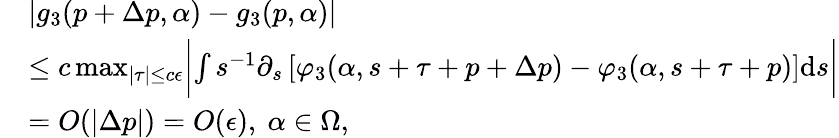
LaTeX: \begin{array}{rl}&{|g_{3}(p+\Delta p,\alpha)-g_{3}(p,\alpha)|}\\ &{\le c\operatorname*{max}_{|\tau|\le c\epsilon}\biggl|\int s^{-1}\partial_{s}\left[\varphi_{3}(\alpha,s+\tau+p+\Delta p)-\varphi_{3}(\alpha,s+\tau+p)\right]\mathrm{d}s\biggr|}\\ &{=O(|\Delta p|)=O(\epsilon),\ \alpha\in\Omega,}\end{array}